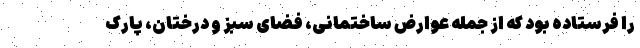
را فرستاده بود که از جمله عوارض ساختمانی، فضای سبز و درختان، پارک